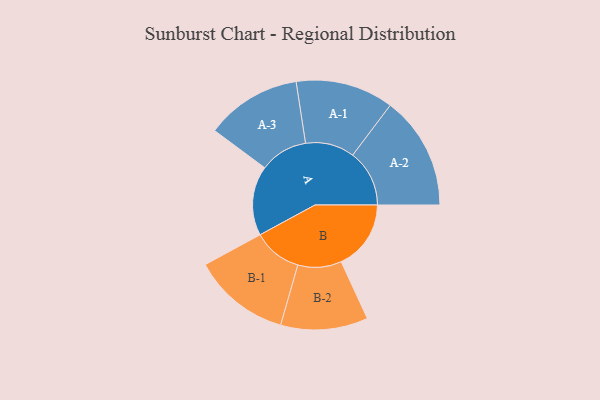
{"axis": {"x": "Segment", "y": "Value"}, "legend": ["", "A", "B"], "data": [{"x": "A", "y": 324, "type": ""}, {"x": "B", "y": 325, "type": ""}, {"x": "A-1", "y": 228, "type": "A"}, {"x": "A-2", "y": 264, "type": "A"}, {"x": "A-3", "y": 223, "type": "A"}, {"x": "B-1", "y": 227, "type": "B"}, {"x": "B-2", "y": 203, "type": "B"}]}